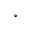
^ \circ